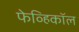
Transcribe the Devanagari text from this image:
फेव्हिकॉल